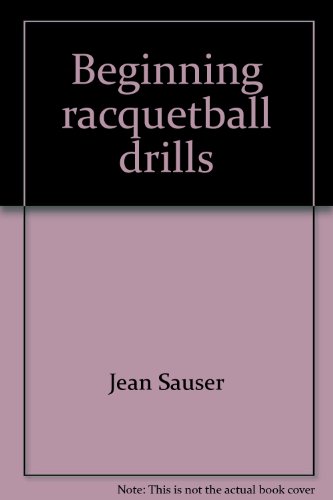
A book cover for Beginning racquetball drills; Jean Sauser; Sports & Outdoors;